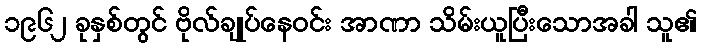
၁၉၆၂ ခုနှစ်တွင် ဗိုလ်ချုပ်နေဝင်း အာဏာ သိမ်းယူပြီးသောအခါ သူ၏